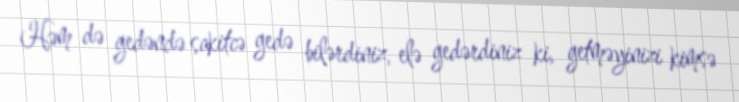
Həm də gedəndə sakitcə gedə bilərdiniz, elə gedərdiniz ki, getməyinizi kimsə